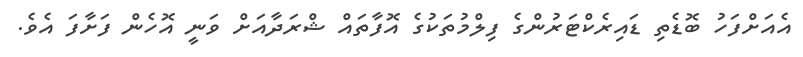
އެއަށްފަހު ބޮޑެތި ޑައިރެކްޓަރުންގެ ފިލްމުތަކުގެ އޮފާތައް ޝްރަދާއަށް ވަނީ އޮހެން ފަށާފަ އެވެ.